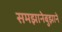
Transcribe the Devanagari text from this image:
समझानेबुझाने